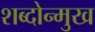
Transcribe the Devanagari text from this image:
शब्दोन्मुख